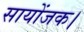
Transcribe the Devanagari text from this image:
सायोंजक।